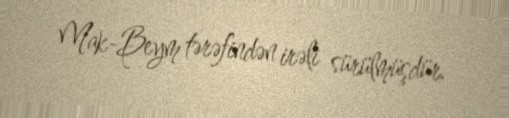
Mak-Beym tərəfindən irəli sürülmüşdür.